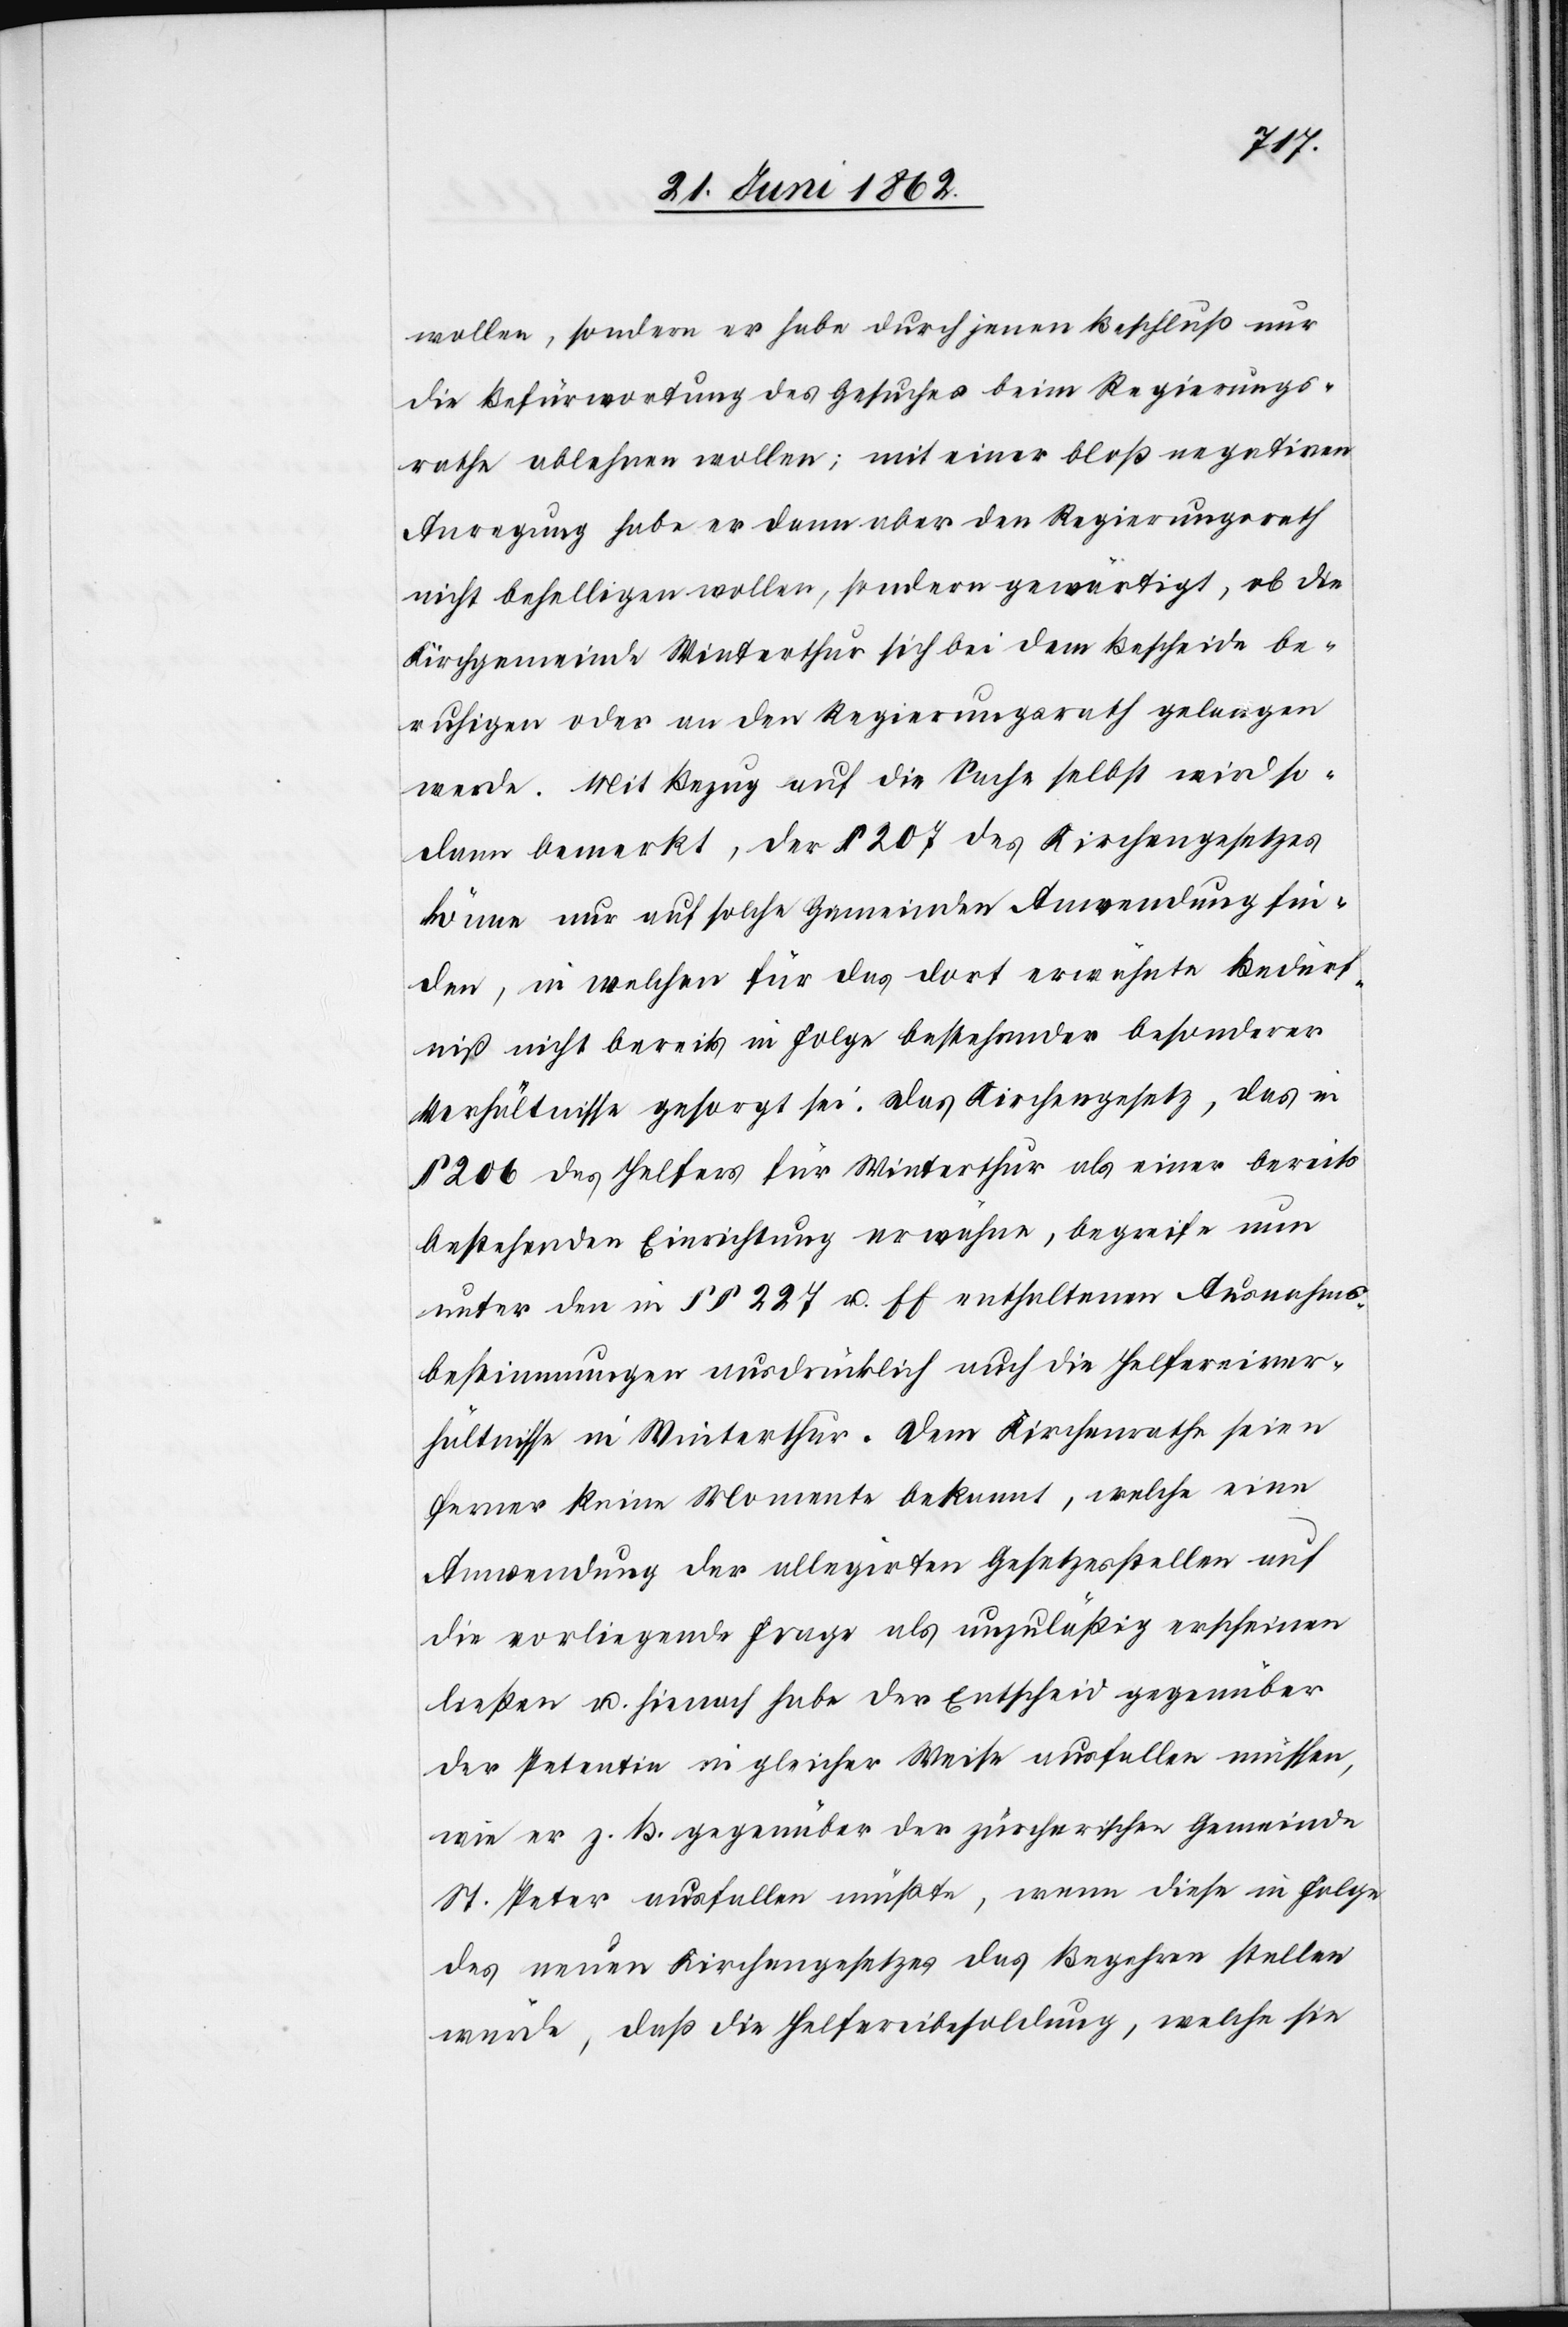
wollen, sondern er habe durch jenen Beschluß nur
die Befürwortung des Gesches beim Regierungs¬
rathe ablehnen wollen; mit einer bloß negativen
Anregung habe er dann aber den Regierungsrath
nicht behelligen wollen, sondern gewärtigt, ob die
Kirchgemeinde Winterthur sich bei dem Bescheide be¬
ruhigen oder an den Regierungsrath gelangen
werde. Mit Bezug auf die Sache selbst wird so¬
dann bemerkt, der § 207 des Kirchengesetzes
könne nur auf solche Gemeinden Anwendung fin¬
den, in welchen für das dort erwähnte Bedürf¬
niß nicht bereits in Folge bestehender besonderer
Verhältnisse gesorgt sei. Das Kirchengesetz, das in
§ 206 des Helfers für Winterthur als einer bereits
bestehenden Einrichtung erwähne, begreife nun
unter den in §§ 227 u. ff. enthaltenen Ausnahms¬
bestimmungen ausdrücklich auch die Helfereiver¬
hältnisse in Winterthur. Dem Kirchenrathe seien
ferner keine Momente bekannt, welche eine
Anwendung der allegirten Gesetzesstellen auf
die vorliegende Frage als unzuläßig erscheinen
ließen u. hienach habe der Entscheid gegenüber
der Petentin in gleicher Weise ausfallen müssen,
wie er z. B. gegenüber der zürcherischen Gemeinde
St. Peter ausfallen müßte, wenn diese in Folge
des neuen Kirchengesetzes das Begehren stellen
würde, daß die Helfereibesoldung, welche sie